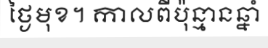
ថ្ងៃមុខ។ កាលពីប៉ុន្មានឆ្នាំ